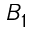
B _ { 1 }